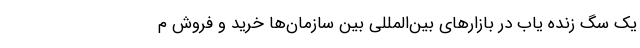
یک سگ زنده یاب در بازارهای بین‌المللی بین سازمان‌ها خرید و فروش م